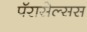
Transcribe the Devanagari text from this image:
पॅरासेल्सस